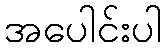
အပေါင်းပါ